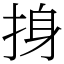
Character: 㧶